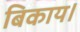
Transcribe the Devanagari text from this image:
बिकाय।